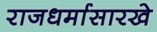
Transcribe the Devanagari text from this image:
राजधर्मासारखे